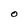
Character: O